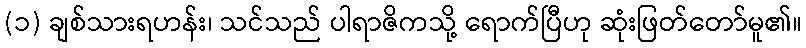
(၁) ချစ်သားရဟန်း၊ သင်သည် ပါရာဇိကသို့ ရောက်ပြီဟု ဆုံးဖြတ်တော်မူ၏။